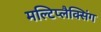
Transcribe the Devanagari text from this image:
मल्टिप्लैक्सिंग